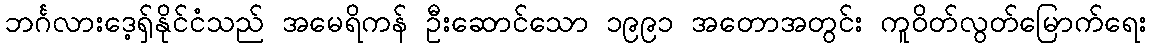
ဘင်္ဂလားဒေ့ရှ်နိုင်ငံသည် အမေရိကန် ဦးဆောင်သော ၁၉၉၁ အတောအတွင်း ကူဝိတ်လွတ်မြောက်ရေး